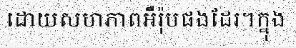
ដោយសហភាពអឺរ៉ុបផងដែរ។ក្នុង